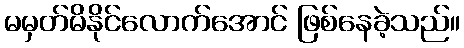
မမှတ်မိနိုင်လောက်အောင် ဖြစ်နေခဲ့သည်။